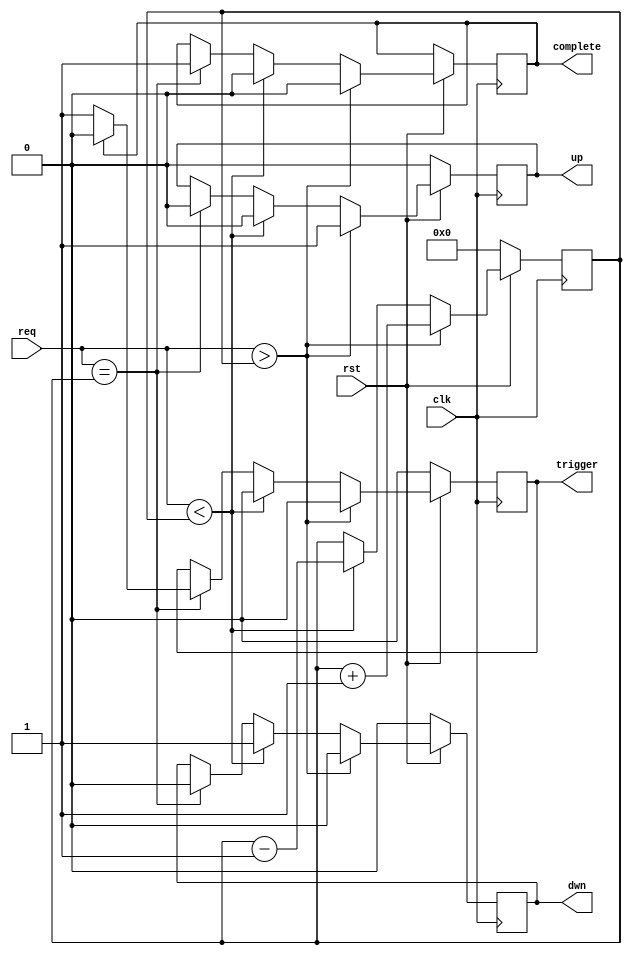
module Elevator (clk,rst,req, up, dwn, trigger, complete);
input clk, rst;
input [3:0] req;
reg [3:0] floor;
reg [8:0] counter;
reg slpmode;
output reg up, dwn, complete, trigger;


always @(posedge clk)begin
  if (rst == 0)begin 
      up<=1'b0;
      dwn<=1'b0;
      trigger <=1'b0;
      floor <=1'b0;
      //complete <=1'b1;
      counter <=1'b0;
      slpmode<=1'b0;
  end
  
  else if (rst ==1)begin 
    // GOING UP
      if (req > floor)begin 
          up<=1;
          dwn<=0;
          trigger<=0;
          complete <=0;
          floor <= floor + 1; 
          slpmode<=0;            
      end
    // GOING DOWN 
      else if (req < floor)begin 
          dwn<=1;
          up<=0;
          complete <=0;
          trigger <=0;
          complete <=0;          
          floor <= floor - 1;
          slpmode<=0;
      end
    // IDLE 
      else if (req == floor)begin
          up <=0;
          dwn <=0;
          trigger <=1; 
          complete <=1;
          if (complete ==1)begin 
             trigger<=0;
             counter <= counter +1;
             slpmode<=0;
             if (counter >= 20)//begin 
                slpmode <= 1; 
             //end
          end     //DOUBLE CHECK ON THIS
          
          else begin counter <=0;end  
      end
      
      
      
      
            
  end    
   
end

  
  
    

endmodule